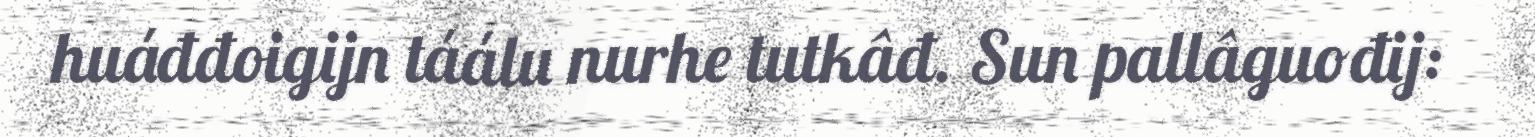
huáđđoigijn táálu nurhe tutkâđ. Sun pallâguođij: